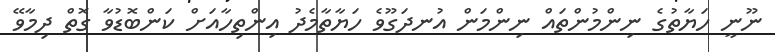
ނޫނީ ހަޔާތުގެ ނިންމުންތައް ނިންމަން އުނދަގޫވެ ހަޔާތާމެދު އިންތިހާއަށް ކަންބޮޑުވާ ގޮތް ދިމާވޭ